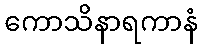
ကောသိနာရကာနံ